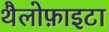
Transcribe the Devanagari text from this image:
थैलोफ़ाइटा